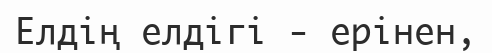
Елдің елдігі - ерінен,